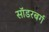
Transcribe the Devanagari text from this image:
सॉडरबर्ग